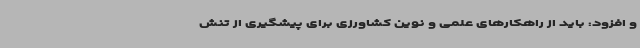
و افزود: باید از راهکارهای علمی و نوین کشاورزی برای پیشگیری از تنش